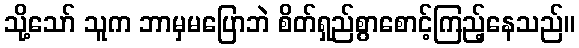
သို့သော် သူက ဘာမှမပြောဘဲ စိတ်ရှည်စွာစောင့်ကြည့်နေသည်။